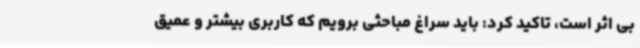
بی اثر است، تاکید کرد: باید سراغ مباحثی برویم که کاربری بیشتر و عمیق